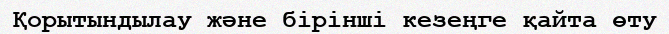
Қорытындылау және бірінші кезеңге қайта өту